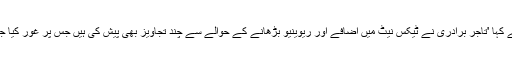
انہوں نے کہا 'تاجر برادری نے ٹیکس نیٹ میں اضافے اور ریوینیو بڑھانے کے حوالے سے چند تجاویز بھی پیش کی ہیں جس پر غور کیا جائے گا'۔